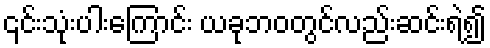
၎င်းသုံးပါးကြောင်း ယခုဘဝတွင်လည်းဆင်းရဲ၍